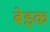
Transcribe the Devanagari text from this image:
बेइक